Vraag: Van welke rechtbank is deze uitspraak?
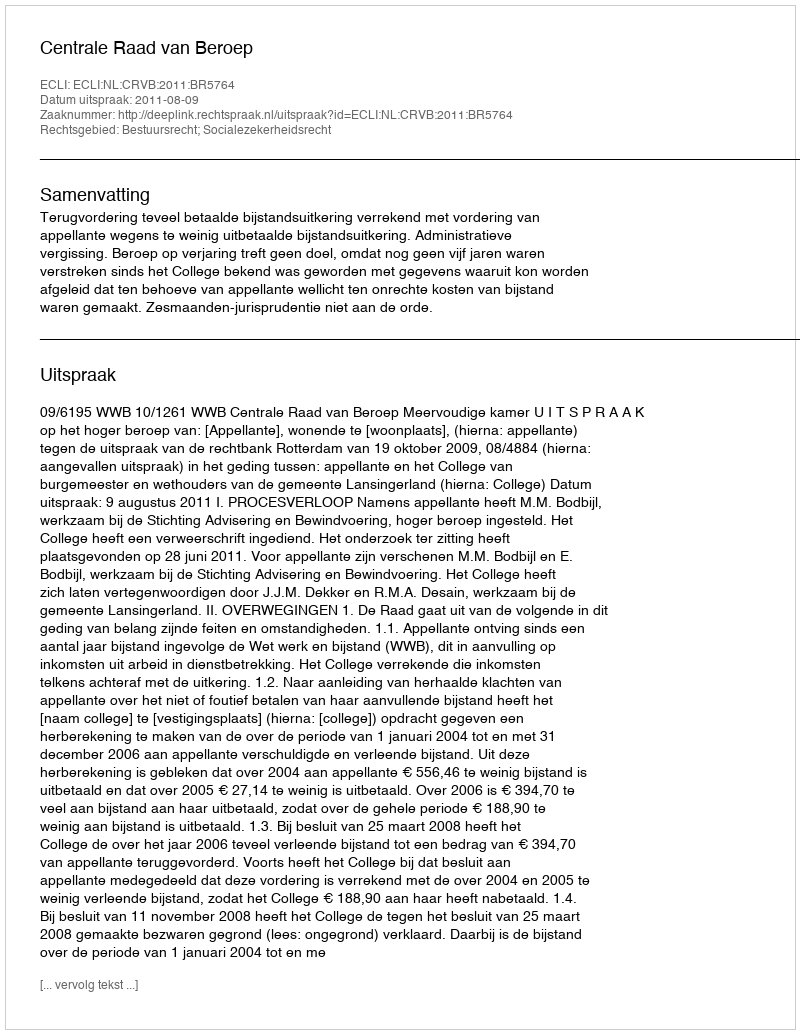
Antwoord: Centrale Raad van Beroep